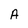
Character: A